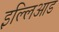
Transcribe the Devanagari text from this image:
इल्लिआड